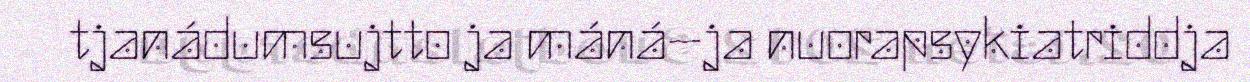
tjanádumsujtto ja máná–ja nuorapsykiatriddja